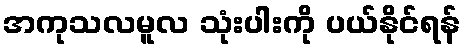
အကုသလမူလ သုံးပါးကို ပယ်နိုင်ရန်